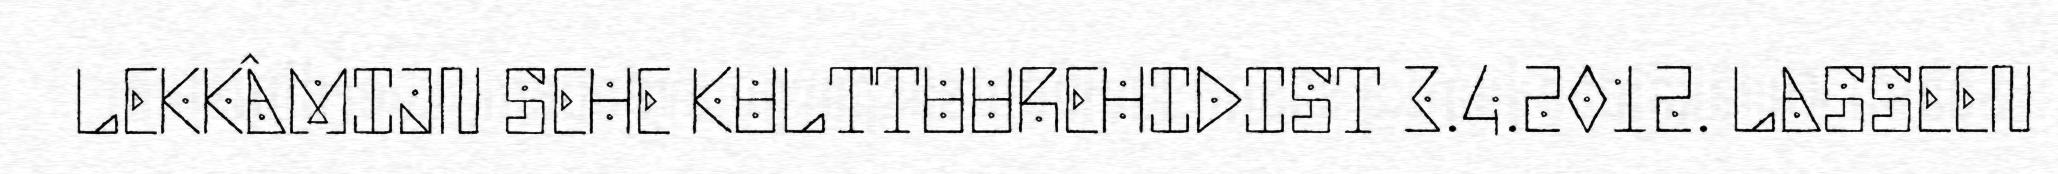
LEKKÂMIJN SEHE KULTTUUREHIDIST 3.4.2012. LASSEEN